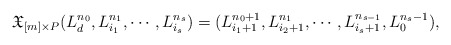
\begin{align*}\mathfrak{X}_{[m]\times P}(L_d^{n_0}, L_{i_1}^{n_1}, \cdots, L_{i_s}^{n_s})=(L_{i_1+1}^{n_0+1}, L_{i_2+1}^{n_1}, \cdots, L_{i_s+1}^{n_{s-1}}, L_0^{n_s-1}),\end{align*}